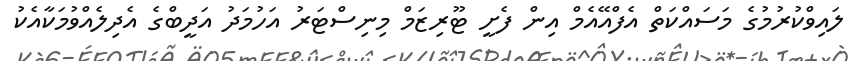
ލައިވްކުރުމުގެ މަސައްކަތް އެފްއޭއެމް އިން ފެށީ ޓޫރިޒަމް މިނިސްޓަރު އަހުމަދު އަދީބްގެ އެދިލެއްވުމަކާއެކު